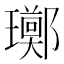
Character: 𪼫